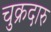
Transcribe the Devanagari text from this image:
चुक्रदारु